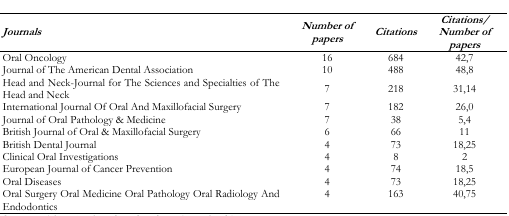
| Journals | Number of papers | Citations | Citations/Number of papers |
 | --- | --- | --- | --- |
 | Oral Oncology | 16 | 684 | 42,7 |
 | Journal of The American Dental Association | 10 | 488 | 48,8 |
 | Head and Neck-Journal for The Sciences and Specialties of The Head and Neck | 7 | 218 | 31,14 |
 | International Journal Of Oral And Maxillofacial Surgery | 7 | 182 | 26,0 |
 | Journal of Oral Pathology & Medicine | 7 | 38 | 5,4 |
 | British Journal of Oral & Maxillofacial Surgery | 6 | 66 | 11 |
 | British Dental Journal | 4 | 73 | 18,25 |
 | Clinical Oral Investigations | 4 | 8 | 2 |
 | European Journal of Cancer Prevention | 4 | 74 | 18,5 |
 | Oral Diseases | 4 | 73 | 18,25 |
 | Oral Surgery Oral Medicine Oral Pathology Oral Radiology And Endodontics | 4 | 163 | 40,75 |